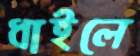
ধাইলে